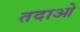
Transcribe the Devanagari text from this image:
तदाओ